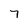
Character: 7